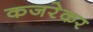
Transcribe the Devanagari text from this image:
कजरेकर